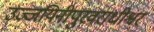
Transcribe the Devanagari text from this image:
उज्जयिनीपुरवराधीश्वर